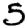
Digit: 5